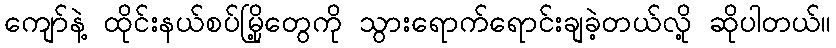
ကျော်နဲ့ ထိုင်းနယ်စပ်မြို့တွေကို သွားရောက်ရောင်းချခဲ့တယ်လို့ ဆိုပါတယ်။